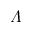
\varLambda